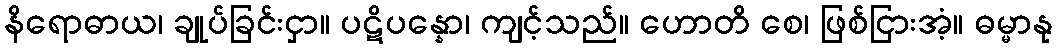
နိရောဓာယ၊ ချုပ်ခြင်းငှာ။ ပဋိပန္နော၊ ကျင့်သည်။ ဟောတိ စေ၊ ဖြစ်ငြားအံ့။ ဓမ္မာနု